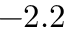
- 2 . 2